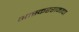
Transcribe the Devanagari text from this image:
भास्कररामाचा